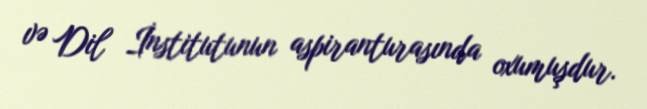
və Dil İnstitutunun aspiranturasında oxumuşdur.